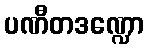
ပဏီတဒဏ္ဍော